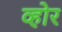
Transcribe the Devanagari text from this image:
व्होर